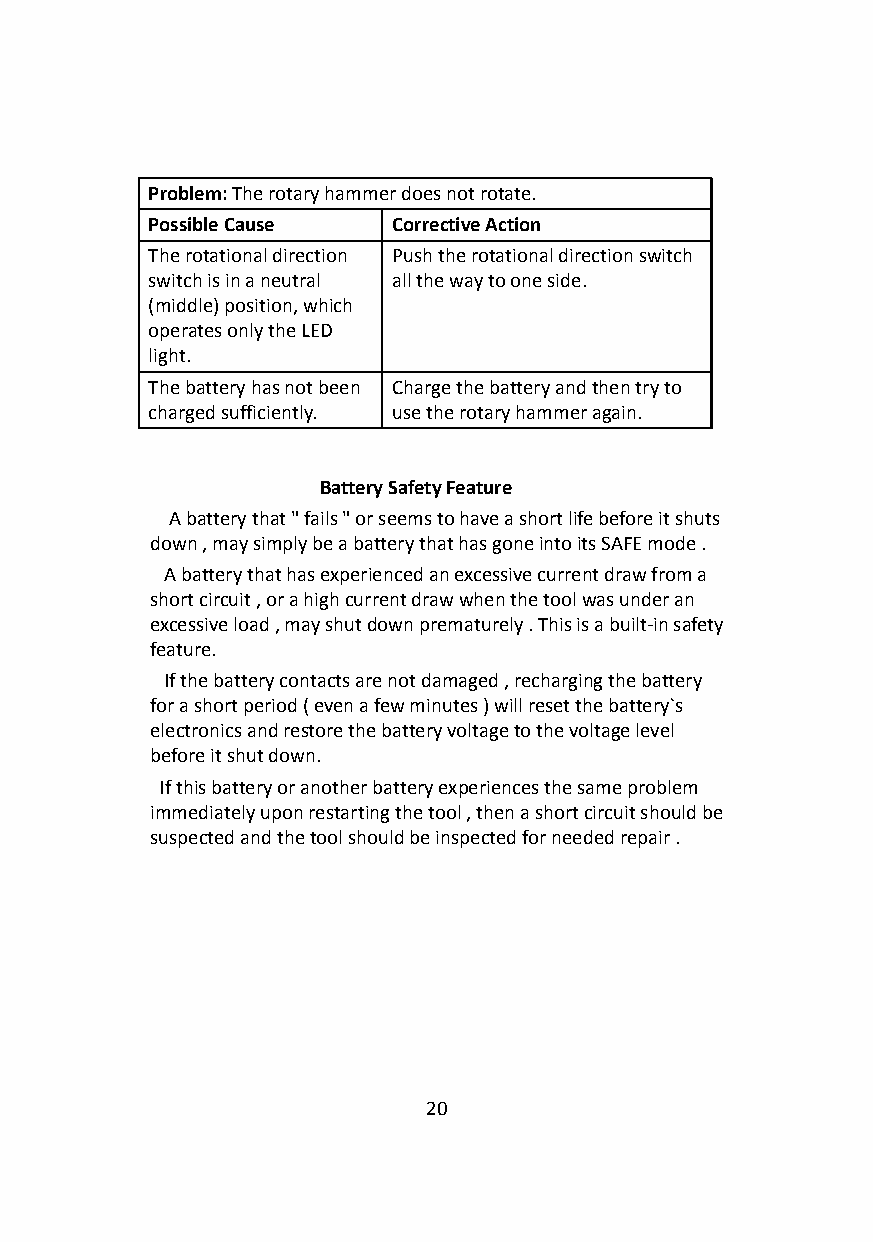
Problem:The rotary hammer does not rotate.
 Possible Cause  Corrective Action
 The rotational direction Push the rotational direction switch
 switch is in a neutral all the way to one side.
 (middle) position, which
 operates only the LED
 light.
 The battery has not been Charge the battery and then try to
 charged sufficiently. use the rotary hammer again.
 Battery SafetyFeature
 A battery that " fails " or seems to have a shortlife before it shuts
 down , may simply be a battery that has gone intoits SAFE mode .
 A battery that has experienced an excessive currentdraw from a
 short circuit , or a high current draw when the toolwas under an
 excessive load , may shut down prematurely . Thisis a built-in safety
 feature.
 If the battery contacts are not damaged , rechargingthe battery
 for a short period ( even a few minutes ) will resetthe battery`s
 electronics and restore the battery voltage to thevoltage level
 before it shut down.
 If this battery or another battery experiences thesame problem
 immediately upon restarting the tool , then a shortcircuit should be
 suspected and the tool should be inspected for neededrepair .
 20